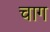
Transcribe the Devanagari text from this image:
चाग